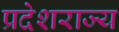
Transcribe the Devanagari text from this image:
प्रदेशराज्य